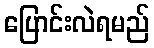
ပြောင်းလဲရမည်